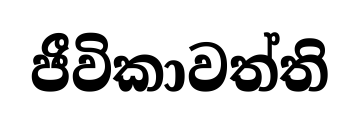
ජීවිකාවත්ති